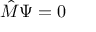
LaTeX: { \hat { M } } \Psi = 0